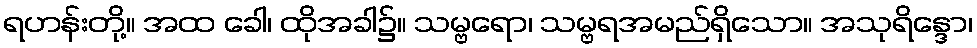
ရဟန်းတို့။ အထ ခေါ၊ ထိုအခါ၌။ သမ္ဗရော၊ သမ္ဗရအမည်ရှိသော။ အသုရိန္ဒော၊